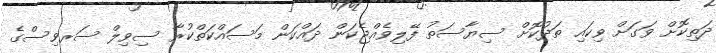
ދަތިކޮށް ވަގަށް ވިކައި ތަދުކޮށް ސިޔާސަތު ފޭލިވެއްޖެކަން ދައްކަން މަސައްކަތްކުރާ ސިވިލް ސަރވިސްގެ